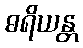
ဓရိယန္တ